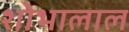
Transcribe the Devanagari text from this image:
शोभालाल